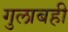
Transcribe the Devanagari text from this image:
गुलाबही